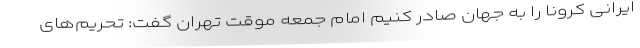
ایرانی کرونا را به جهان صادر کنیم امام جمعه موقت تهران گفت: تحریم‌های